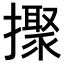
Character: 𢷗